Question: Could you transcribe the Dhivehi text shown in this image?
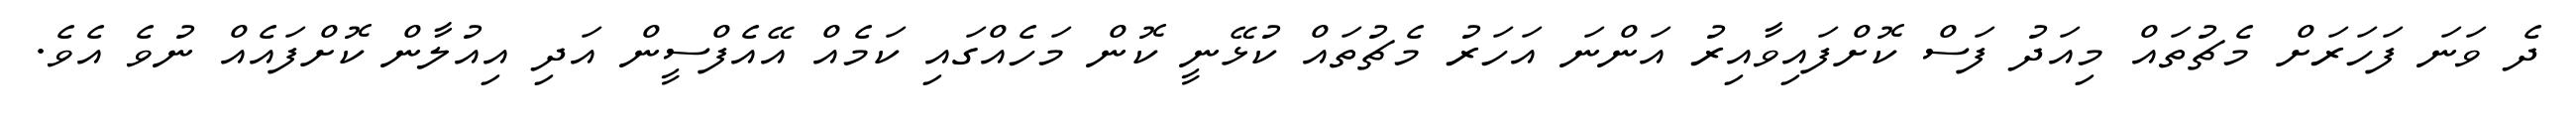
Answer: ދެ ވަނަ ފަހަރަށް މެޗުތައް މިއަދު ފަސް ކޮށްފައިވާއިރު އަންނަ އަހަރު މެޗުތައް ކުޅޭނީ ކޮން މަހެއްގައި ކަމެއް އޭއެފްސީން އަދި އިއުލާން ކޮށްފައެއް ނުވެ އެވެ.